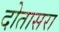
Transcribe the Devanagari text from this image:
दोतासरा